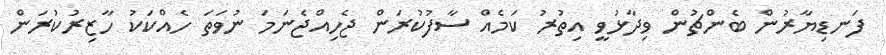
ފަނޑިޔާރުން ބެންޗުން ވިދާޅުވީ އިތުރު ކަމެއް ސާފުކުރަން ޖެހިއްޖެނަމަ ނުވަތަ ހެއްކަކު ހާޒިރުކުރަން